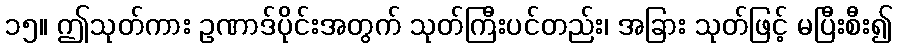
၁၅။ ဤသုတ်ကား ဥဏာဒ်ပိုင်းအတွက် သုတ်ကြီးပင်တည်း၊ အခြား သုတ်ဖြင့် မပြီးစီး၍